Papers set at the Examination for Leaving Certificates, 1894
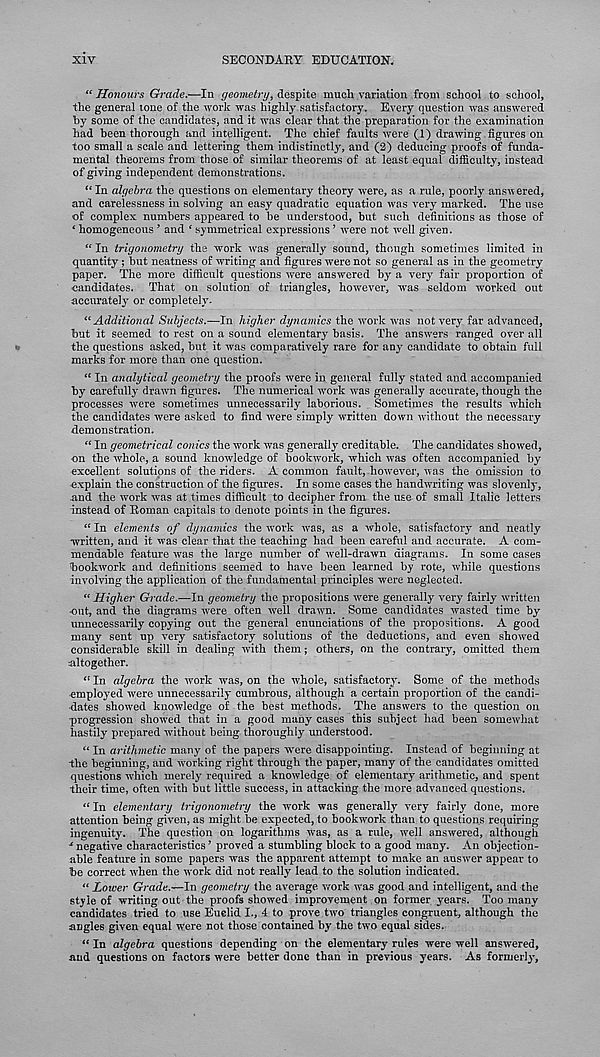
XIV
SECONDARY EDUCATION.
“ Honours Grade.—In geometry, despite much variation from school to school,
the general tone of the work was highly satisfactory. Every question was answered
by some of the candidates, and it was clear that the preparation for the examination
had been thorough and intelligent. The chief faults were (1) drawing figures on
too small a scale and lettering them indistinctly, and (2) deducing proofs of funda-
mental theorems from those of similar theorems of at least equal difficulty, instead
of giving independent demonstrations.
“ In algebra the questions on elementary theory were, as a rule, poorly answered,
and carelessness in solving an easy quadratic equation was very marked. The use
of complex numbers appeared to be understood, but such definitions as those of
‘ homogeneous ’ and f symmetrical expressions ’ were not w r ell given.
“ In trigonometry the work was generally sound, though sometimes limited in
quantity; but neatness of writing and figures were not so general as in the geometry
paper. The more difficult questions were answered by a very fair proportion of
■ candidates. That on solution of triangles, however, was seldom worked out
accurately or completely.
“ Additional Subjects.—In higher dynamics the work was not very far advanced,
but it seemed to rest on a sound elementary basis. The answers ranged over all
the questions asked, but it was comparatively rare for any candidate to obtain full
marks for more than one question.
“ In analytical geometry the proofs were in general fully stated and accompanied
by carefully drawn figures. The numerical work was generally accurate, though the
processes were sometimes unnecessarily laborious. Sometimes the results which
the candidates were asked to find were simply written down without the necessary
demonstration.
“ In geometrical conics the work was generally creditable. The candidates showed,
■ on the whole, a sound knowledge of bookwork, which was often accompanied by
excellent solutions of the riders. A common fault, however, was the omission to
explain the construction of the figures. In some cases the handwriting was slovenly,
.and the work was at times difficult to decipher from the use of small Italic letters
instead of Roman capitals to denote points in the figures.
<c In elements of dynamics the work was, as a whole, satisfactory and neatly
written, and it was clear that the teaching had been careful and accurate. A com-
mendable feature was the large number of well-drawn diagrams. In some cases
bookwork and definitions seemed to have been learned by rote, while questions
involving the application of the fundamental principles were neglected.
“ Higher Grade.—In geometry the propositions were generally very fairly written
•out, and the diagrams were often well drawn. Some candidates wasted time by
unnecessarily copying out the general enunciations of the propositions. A good
many sent up very satisfactory solutions of the deductions, and even showed
considerable skill in dealing with them; others, on the contrary, omitted them
altogether.
“ In algebra the v r ork w r as, on the whole, satisfactory. Some of the methods
employed were unnecessarily cumbrous, although a certain proportion of the candi-
dates showed knowledge of the best methods. The answers to the question on
'progression showed that in a good many cases this subject had been somewhat
hastily prepared without being thoroughly understood.
“ In arithmetic many of the papers were disappointing. Instead of beginning at
the beginning, and working right through the paper, many of the candidates omitted
questions which merely required a knowledge of elementary arithmetic, and spent
their time, often with but little success, in attacking the more advanced questions.
tl In elementary trigonometry the work was generally very fairly done, more
attention being given, as might be expected, to bookwork than to questions requiring
ingenuity. The question on logarithms was, as a rule, well answered, although
x negative characteristics ’ proved a stumbling block to a good many. An objection-
able feature in some papers was the apparent attempt to make an answer appear to
be correct when the work did not really lead to the solution indicated.
“ Lower Grade.—hi geometry the average, vrork was good and intelligent, and the
style of writing out the proofs showed improvement on former years. Too many
candidates tried to use Euclid I., 4 to prove two triangles congruent, although the
angles given equal were not those contained by the two equal sides.
“In algebra questions depending on the elementary rules were well answered,
and questions on factors were better done than in previous years. As formerly.